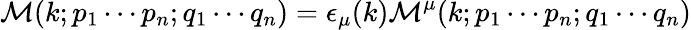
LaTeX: {\mathcal{M}}(k;p_{1}\cdots p_{n};q_{1}\cdots q_{n})=\epsilon_{\mu}(k){\mathcal{M}}^{\mu}(k;p_{1}\cdots p_{n};q_{1}\cdots q_{n})